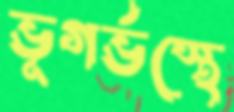
ভূগর্ভস্থে